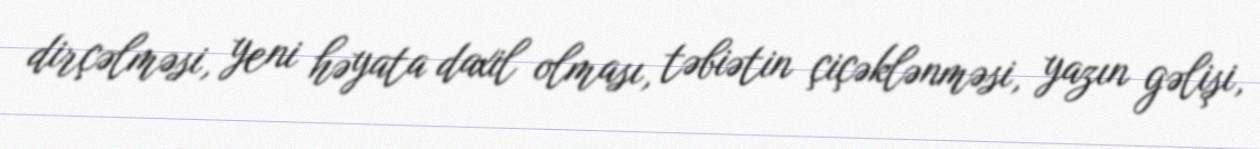
dirçəlməsi, yeni həyata daxil olması, təbiətin çiçəklənməsi, yazın gəlişi,